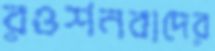
রওশনবাদের